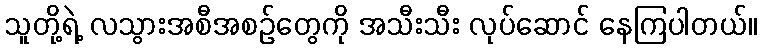
သူတို့ရဲ့ လသွားအစီအစဉ်တွေကို အသီးသီး လုပ်ဆောင် နေကြပါတယ်။